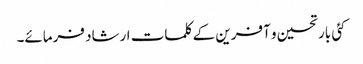
کئی بار تحسین و آفرین کے کلمات ارشاد فرمائے۔